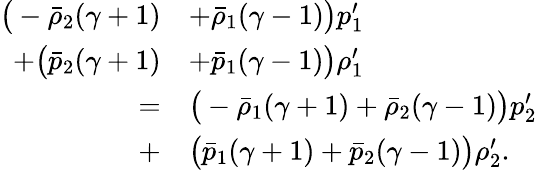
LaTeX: \begin{array}{rl}{\big(-\bar{\rho}_{2}(\gamma+1)}&{+\bar{\rho}_{1}(\gamma-1)\big)p_{1}^{\prime}}\\ {+\big(\bar{p}_{2}(\gamma+1)}&{+\bar{p}_{1}(\gamma-1)\big)\rho_{1}^{\prime}}\\ {=}&{\big(-\bar{\rho}_{1}(\gamma+1)+\bar{\rho}_{2}(\gamma-1)\big)p_{2}^{\prime}}\\ {+}&{\big(\bar{p}_{1}(\gamma+1)+\bar{p}_{2}(\gamma-1)\big)\rho_{2}^{\prime}.}\end{array}